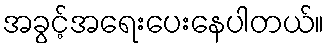
အခွင့်အရေးပေးနေပါတယ်။